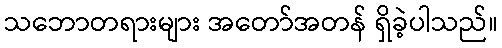
သဘောတရားများ အတော်အတန် ရှိခဲ့ပါသည်။